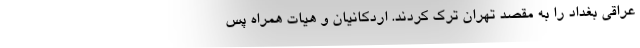
عراقی بغداد را به مقصد تهران ترک کردند. اردکانیان و هیات همراه پس